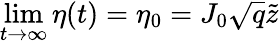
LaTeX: \operatorname*{lim}_{t\rightarrow\infty}\eta(t)=\eta_{0}=J_{0}\sqrt{q}\tilde{z}